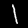
Label: 1